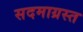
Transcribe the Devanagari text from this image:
सदमाग्रस्त